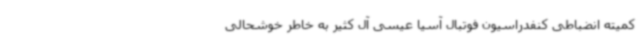
کمیته انضباطی کنفدراسیون فوتبال آسیا عیسی آل کثیر به خاطر خوشحالی